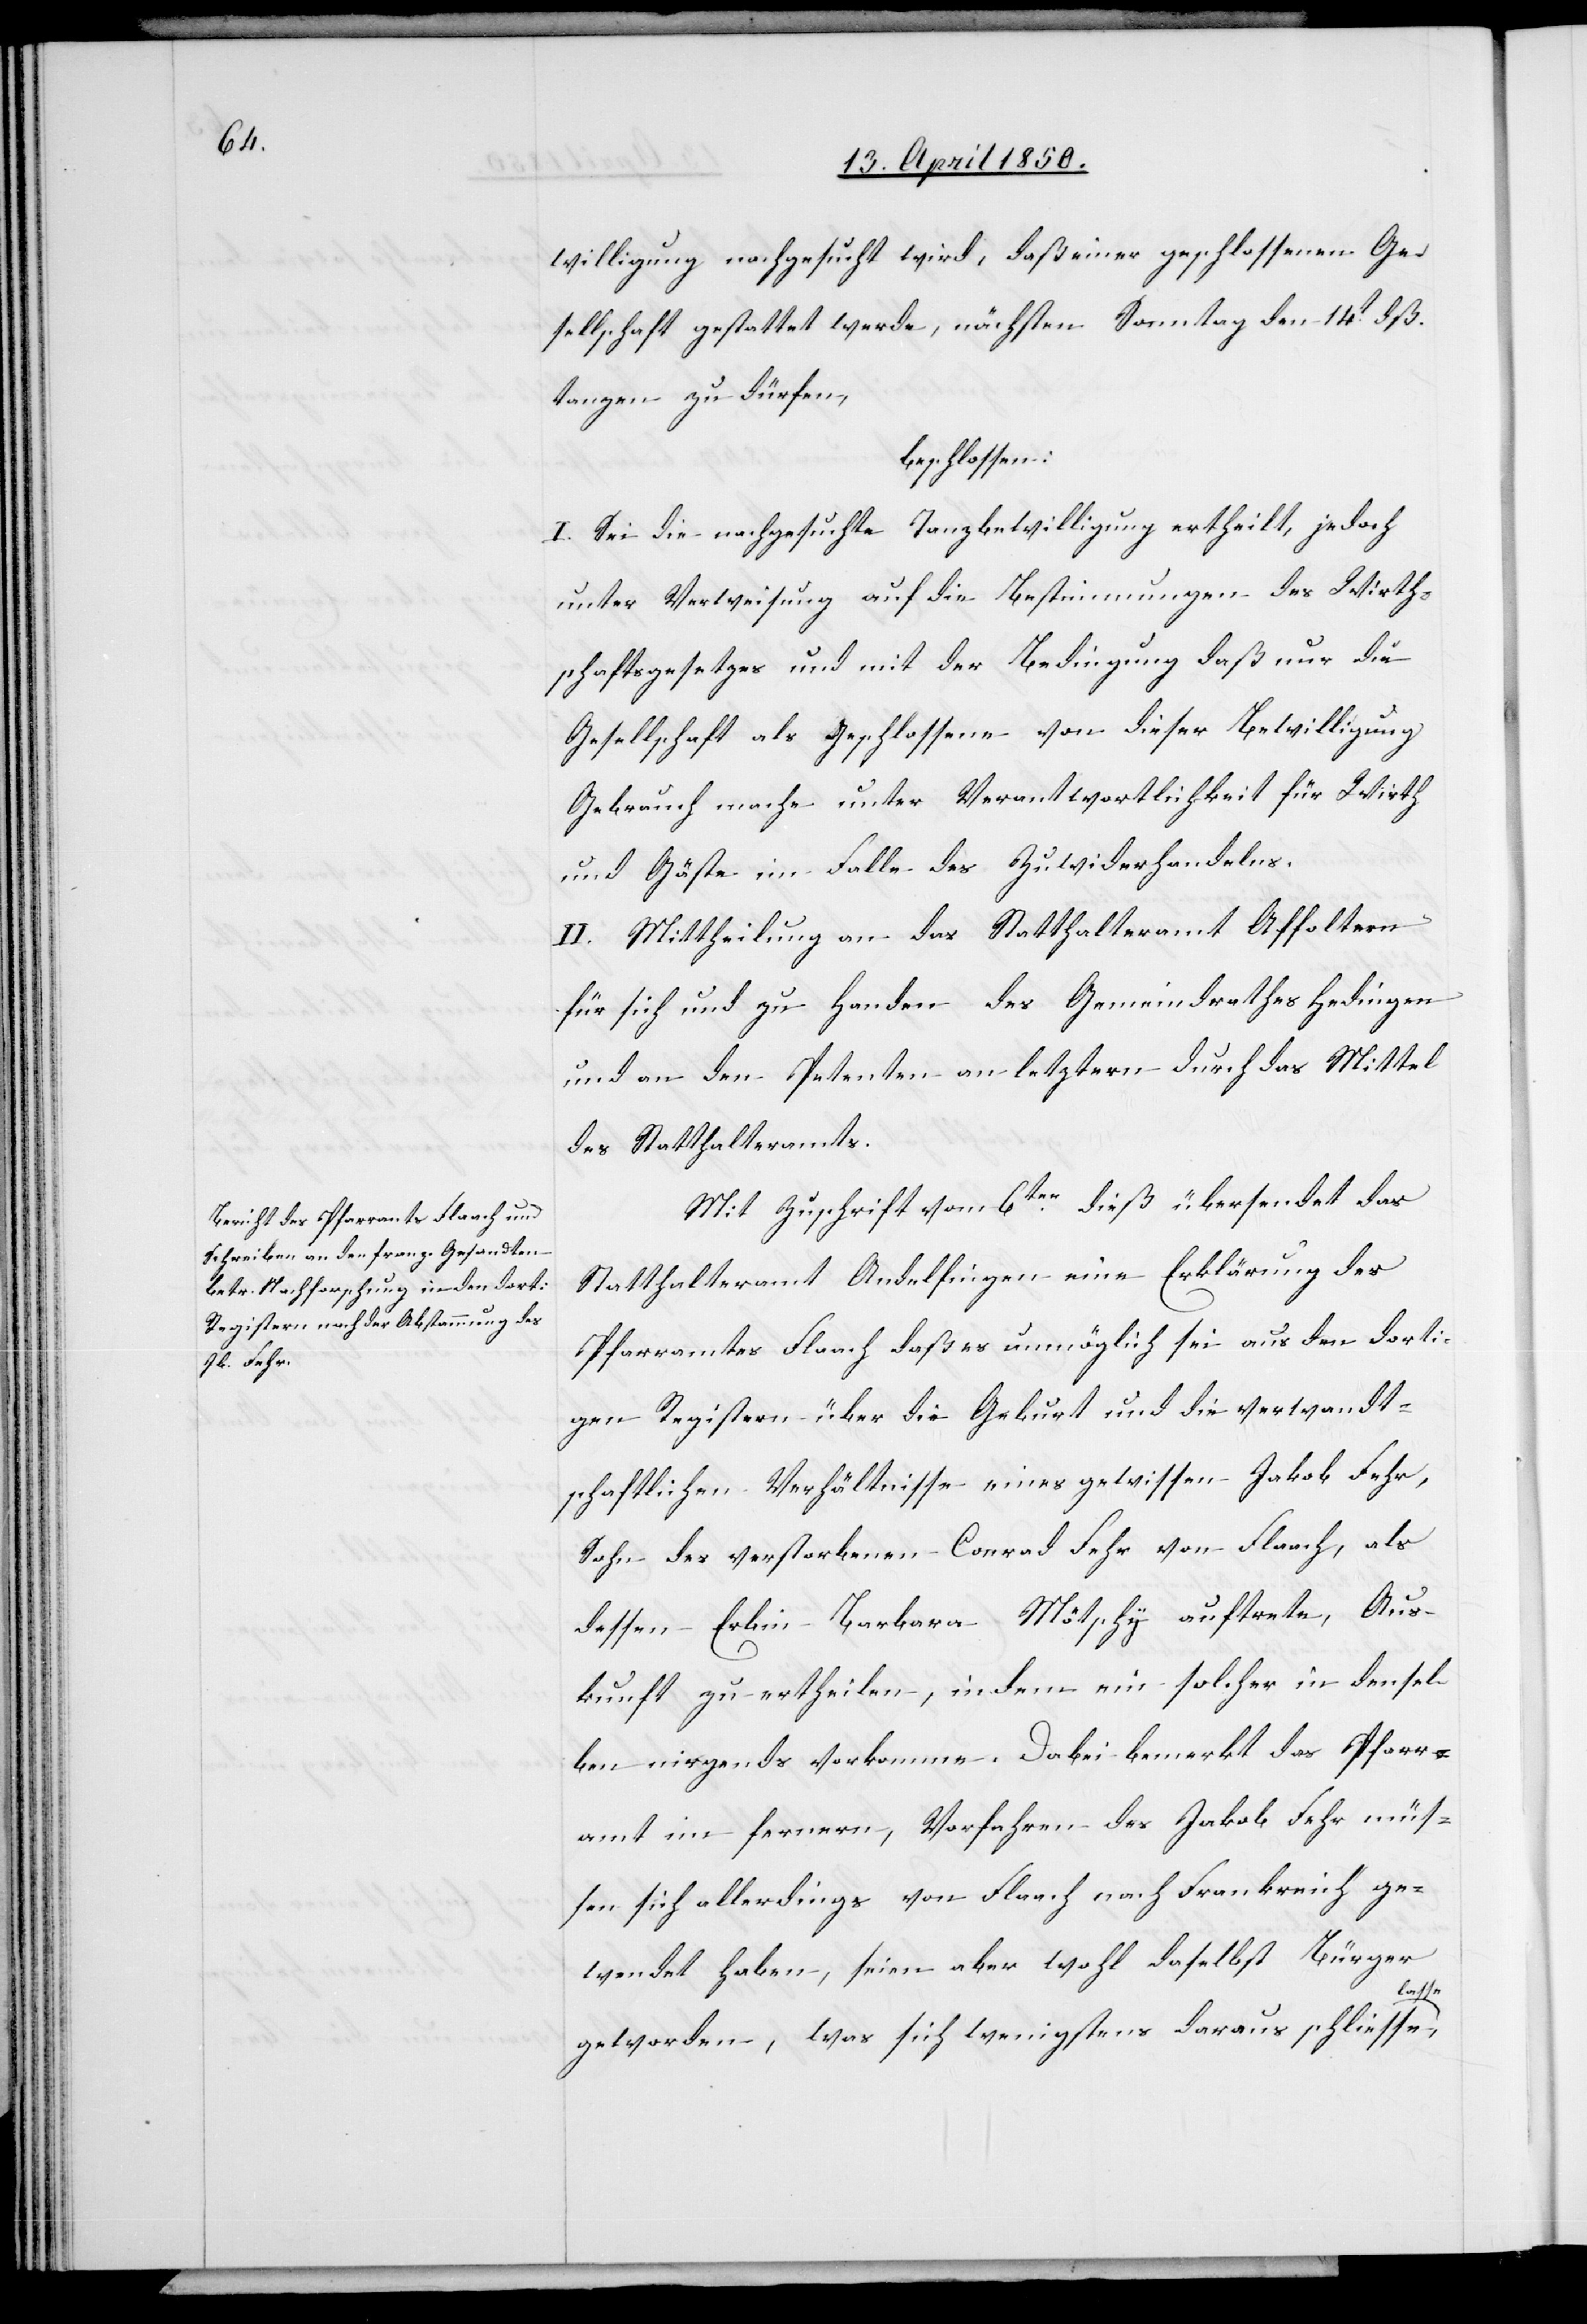
willigung nachgesucht wird, daß einer geschlossenen Ge¬
sellschaft gestattet werde, nächsten Sonntag den 14t dß.
tanzen zu dürfen,
beschlossen:
I. Sei die nachgesuchte Tanzbewilligung ertheilt, jedoch
unter Verweisung auf die Bestimmungen des Wirth¬
schaftsgesetzes und mit der Bedingung daß nur die
Gesellschaft als Geschlossene von dieser Bewilligung
Gebrauch mache unter Verantwortlichkeit für Wirth
und Gäste im Falle des Zuwiderhandelns.
II. Mittheilung an das Statthalteramt Affoltern
für sich und zu Handen des Gemeindrathes Hedingen
und an den Petenten an letztern durch das Mittel
des Statthalteramts.
Mit Zuschrift vom 6ten dieß übersendet das
Statthalteramt Andelfingen eine Erklärung des
Pfarramtes Flaach daß es unmöglich sei aus den dorti¬
gen Registern über die Geburt und die verwandt¬
schaftlichen Verhältnisse eines gewissen Jakob Fehr,
Sohn des verstorbenen Conrad Fehr von Flaach, als
dessen Erbin Barbara Mötschy auftrete, Aus¬
kunft zu ertheilen, indem ein solcher in densel¬
ben nirgends vorkomme. Dabei bemerkt das Pfarr¬
amt im fernern, Vorfahren des Jakob Fehr müs¬
sen sich allerdings von Flaach nach Frankreich ge¬
wendet haben, seien aber wohl daselbst Bürger
lasse,
geworden, was sich wenigstens daraus schliessen